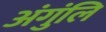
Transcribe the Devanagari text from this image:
अंगुंलि